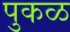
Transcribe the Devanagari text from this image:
पुकळ